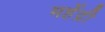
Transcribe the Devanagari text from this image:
महेंद्री